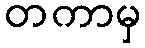
တကာမှ